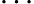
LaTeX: ...